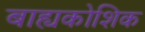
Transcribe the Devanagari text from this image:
बाह्यकोशिक